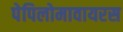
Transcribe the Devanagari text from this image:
पेपिलोमावायरस